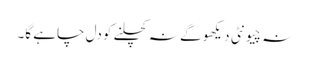
نہ چیونٹی دیکھو گے نہ کچلنے کو دل چاہے گا۔